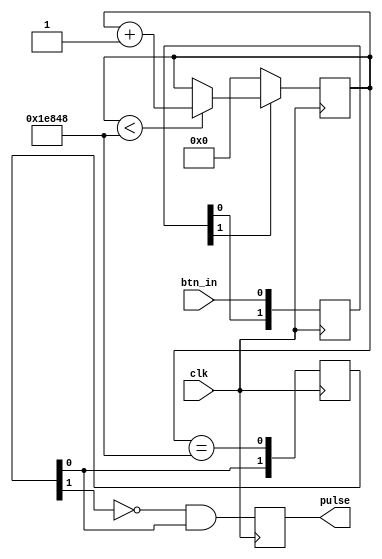
module BtnPulse (
    input clk,
    input btn_in,
    output pulse
);

(*ASYNC_REG="TRUE"*) reg [1:0] btn_sync;
reg [16:0] cntr;
reg [1:0] btn_filtered;
reg pulse_reg;

initial begin
    btn_sync <= 2'b0;
    cntr <= 17'b0;
    btn_filtered <= 2'b0;
    pulse_reg <= 1'b0;
end;

always@(posedge clk) begin
    btn_sync <= {btn_sync[0], btn_in};
end

always@(posedge clk) begin
    if (~(btn_sync[1])) begin
        cntr <= 17'b0;
    end else begin
        if (cntr < 17'd125000) begin
            cntr <= cntr + 1'b1;
        end
    end
end

always@(posedge clk) begin
    btn_filtered <= {btn_filtered[0], cntr == 17'd125000};
end

always@(posedge clk) begin
    pulse_reg <= (~(btn_filtered[1])) & (btn_filtered[0]);
end

assign pulse = pulse_reg;

endmodule